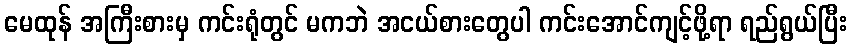
မေထုန် အကြီးစားမှ ကင်းရုံတွင် မကဘဲ အငယ်စားတွေပါ ကင်းအောင်ကျင့်ဖို့ရာ ရည်ရွယ်ပြီး